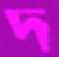
দ